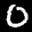
Label: 0